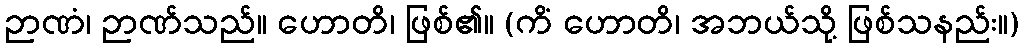
ဉာဏံ၊ ဉာဏ်သည်။ ဟောတိ၊ ဖြစ်၏။ (ကိံ ဟောတိ၊ အဘယ်သို့ ဖြစ်သနည်း။)